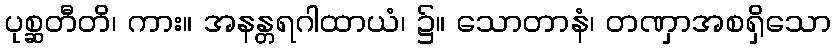
ပုစ္ဆတီတိ၊ ကား။ အနန္တရဂါထာယံ၊ ၌။ သောတာနံ၊ တဏှာအစရှိသော